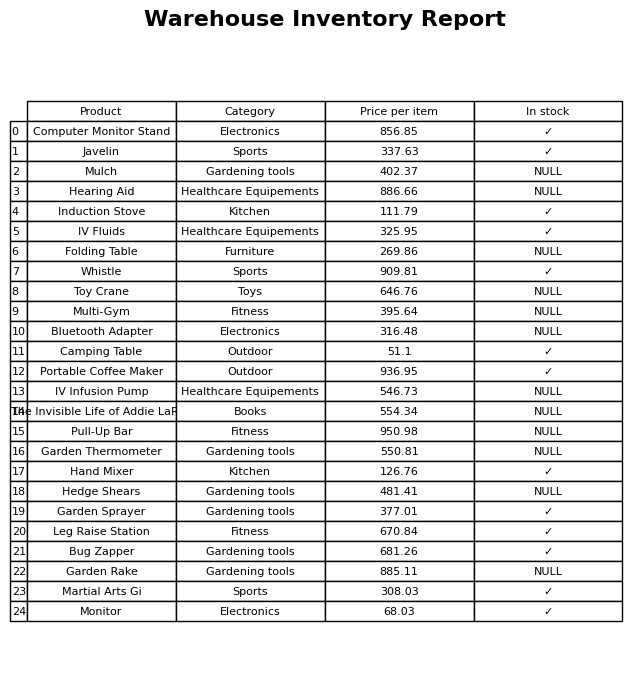
question: What category does the Garden Thermometer belong to?
answer: Gardening tools